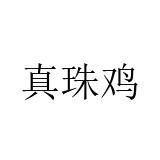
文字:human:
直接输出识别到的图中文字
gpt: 真珠鸡